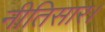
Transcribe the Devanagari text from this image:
नीतिसार।